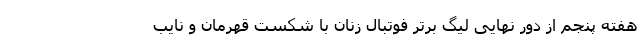
هفته پنجم از دور نهایی لیگ برتر فوتبال زنان با شکست قهرمان و نایب